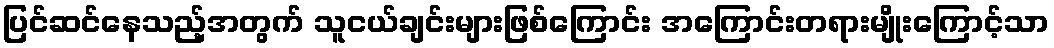
ပြင်ဆင်နေသည့်အတွက် သူငယ်ချင်းများဖြစ်ကြောင်း အကြောင်းတရားမျိုးကြောင့်သာ